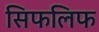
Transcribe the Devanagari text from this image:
सिफलिफ